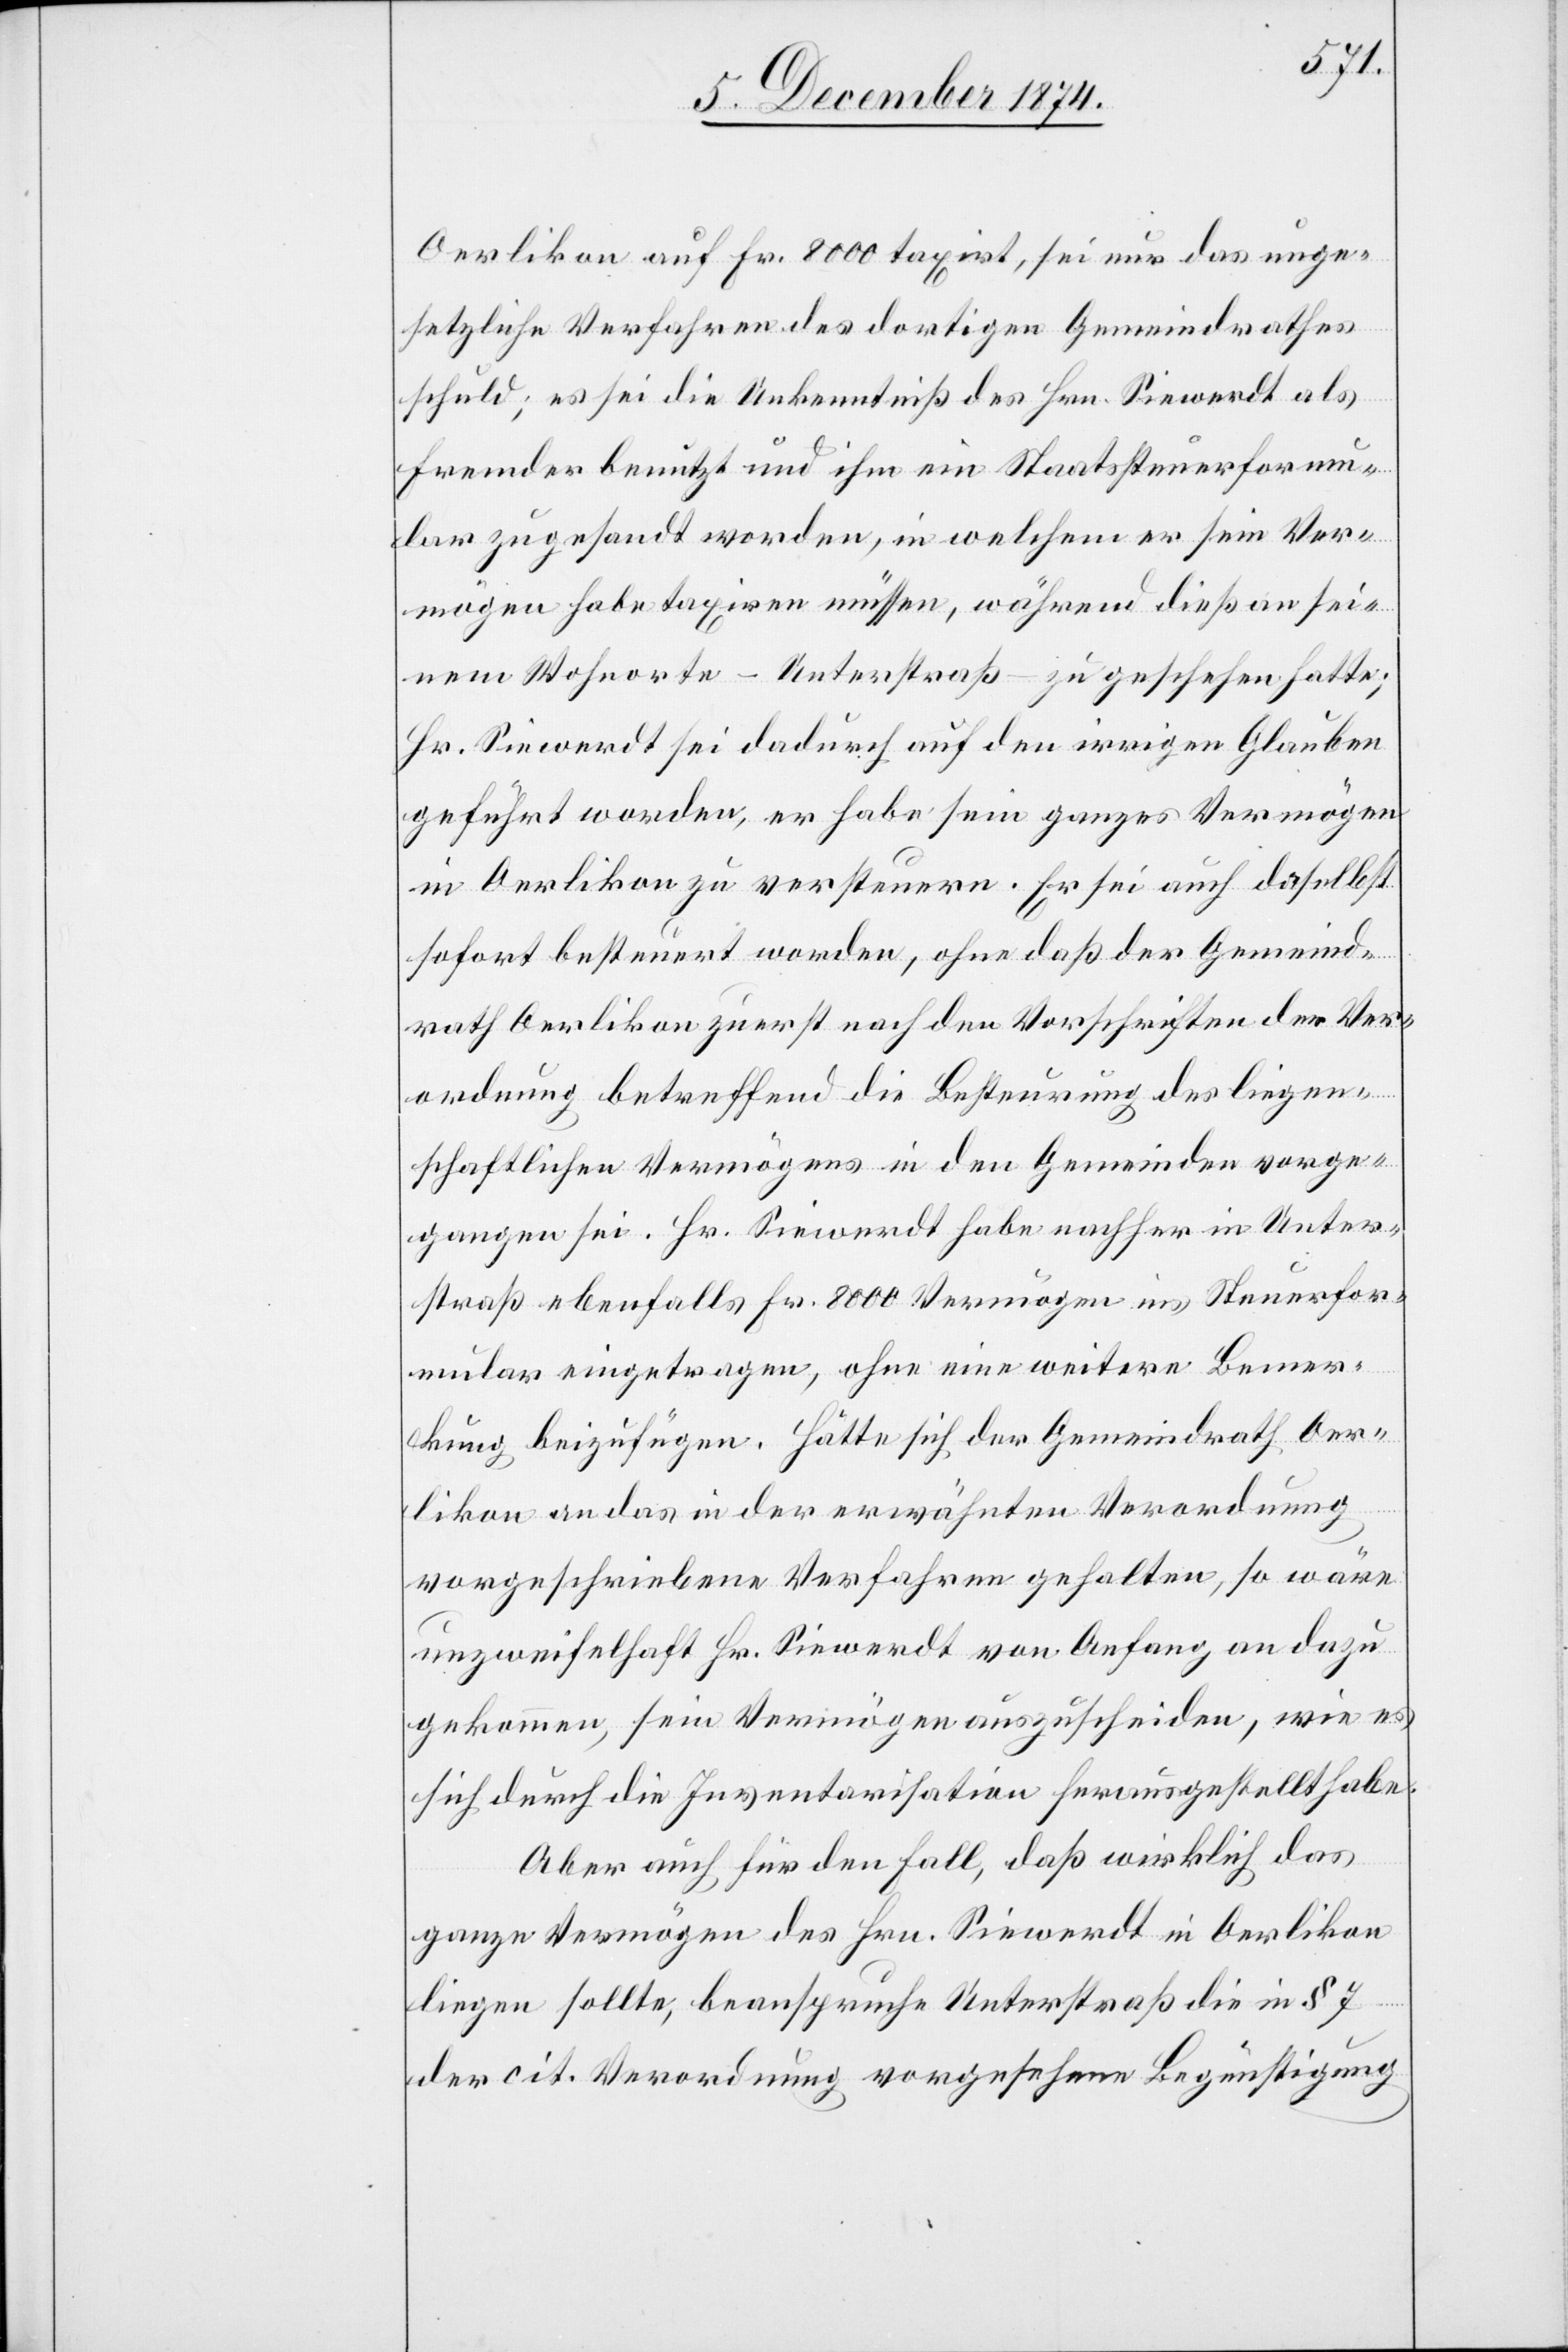
Oerlikon auf Fr. 8000 taxirt, sei nur das unge¬
setzliche Verfahren des dortigen Gemeindrathes
schuld; es sei die Unkenntniß des Hrn. Siewerdt als
Fremder benutzt und ihm ein Staatssteuerformu¬
lar zugesandt worden, in welchem er sein Ver¬
mögen habe taxiren müssen, währen dieß an sei¬
nem Wohnorte – Unterstraß – zu geschehen hatte;
Hr. Siewerdt sei dadurch auf den irrigen Glauben
geführt worden, er habe sein ganzes Vermögen
in Oerlikon zu versteuern. Er sei auch daselbst
sofort besteuert worden, ohne daß der Gemeind¬
rath Oerlikon zuerst nach den Vorschriften der Ver¬
ordnung betreffend die Besteurung des liegen¬
schaftlichen Vermögens in den Gemeinden vorge¬
gangen sei. Hr. Siewerdt habe nachher in Unter¬
straß ebenfalls Fr. 8000 Vermögen ins Steuerfor¬
mular eingetragen, ohne eine weitere Bemer¬
kung beizufügen. Hätte sich der Gemeindrath Oer¬
likon an das in der erwähnten Verordnung
vorgeschriebene Verfahren gehalten, so wäre
unzweifelhaft Hr. Siewerdt von Anfang an dazu
gekommen, sein Vermögen auszuscheiden, wie es
sich durch die Inventarisation herausgestellt habe.
Aber auch für den Fall, daß wirklich das
ganze Vermögen des Hrn. Siewerdt in Oerlikon
liegen sollte, beanspruche Unterstraß die in § 7
der cit. Verordnung vorgesehene Begünstigung